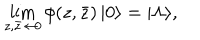
\lim _ { z , \bar { z } \rightarrow 0 } \phi ( z , \bar { z } ) \, | 0 \rangle = | \Lambda \rangle ,